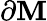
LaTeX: \partial\mathbf{M}